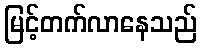
မြင့်တက်လာနေသည်